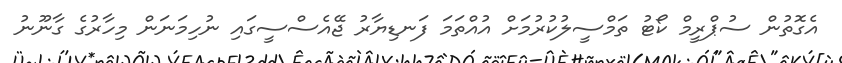
އެގޮތުން ސުޕްރީމް ކޯޓު ތަމްސީލުކުރުމަށް އުއްތަމަ ފަނޑިޔާރު ޖޭއެސްސީގައި ނުހިމަނަން މިހާރުގެ ގާނޫނު